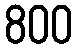
800